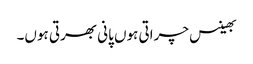
بھینس چراتی ہوں پانی بھرتی ہوں۔